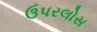
ઉપરલોસ